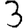
Digit: 3